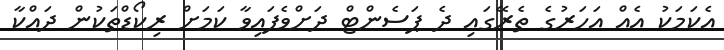
އެކަމަކު އެއް އަހަރުގެ ތެރޭގައި ދެ ޕަސެންޓް ދަށްވެފައިވާ ކަމަށް ރިކޯޑްތަކުން ދައްކާ